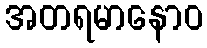
အတရမာနောဝ